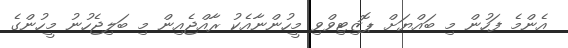
އެންމެ ފަހުން މި ބައްޔަށް ޕޮޒިޓިވްވި މީހުންނާއެކު ރާއްޖެއިން މި ބަލިޖެހުނު މީހުންގެ